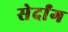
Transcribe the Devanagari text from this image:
सेर्दांग